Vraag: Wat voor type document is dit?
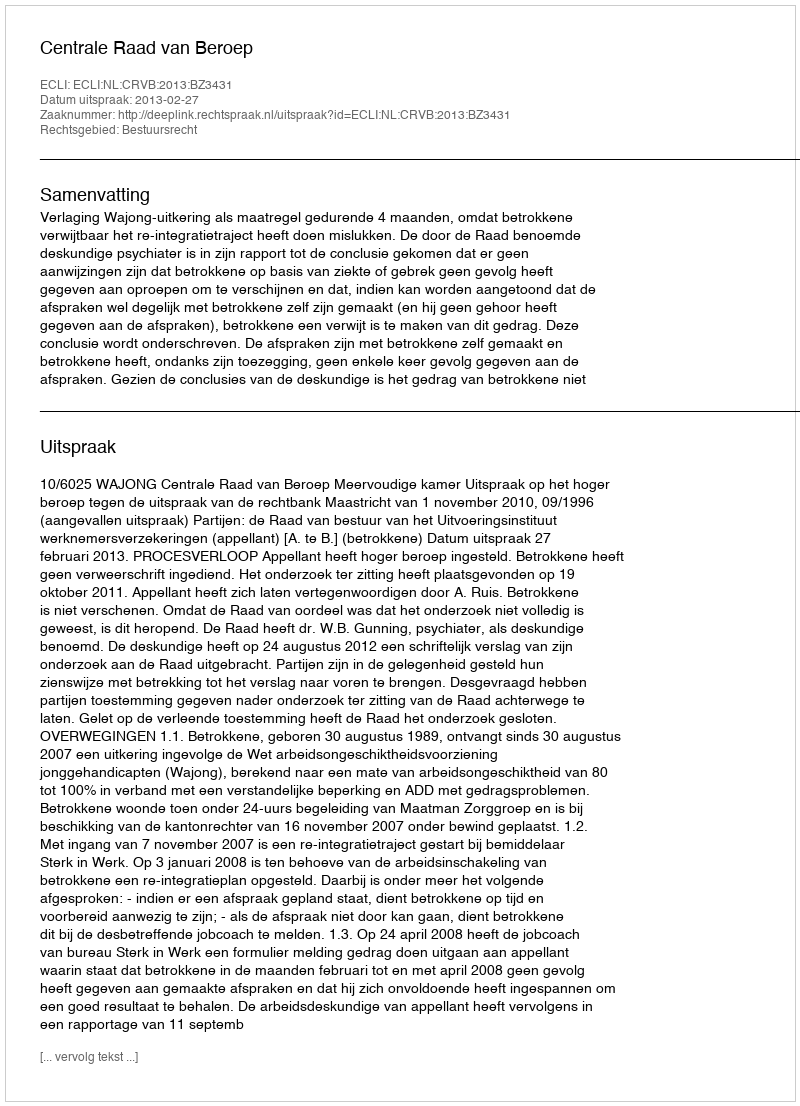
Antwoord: Uitspraak